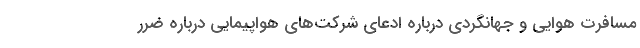
مسافرت هوایی و جهانگردی درباره ادعای شرکت‌های هواپیمایی درباره ضرر